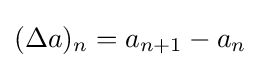
(\Delta a)_{n}=a_{n+1}-a_{n}